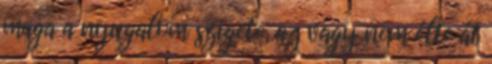
maga a nyugalom szigete, az vagy nem élte át